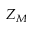
Z _ { M }